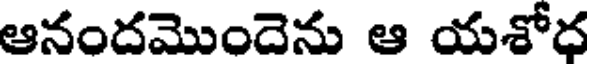
ఆనందమొందెను ఆ యశోధ